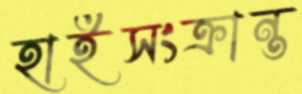
হাইসংক্রান্ত